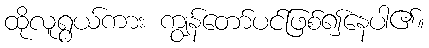
ထိုလူရွယ်ကား ကျွန်တော်ပင်ဖြစ်၍နေပါ၏။